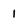
Character: 1